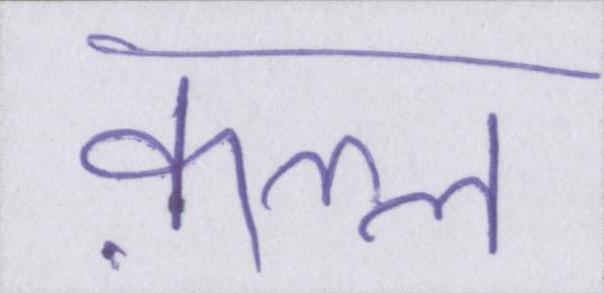
क़त्ल